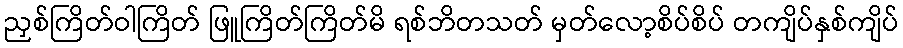
ညှစ်ကြိတ်ဝါကြိတ် ဖြူကြိတ်ကြိတ်မိ ရစ်ဘိတသတ် မှတ်လော့စိပ်စိပ် တကျိပ်နှစ်ကျိပ်